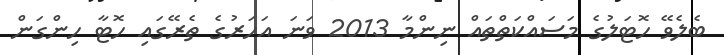
ބެލެވޭ ހޮޓަލުގެ މަސައްކަތްތައް ނިންމާ 2013 ވަނަ އަހަރުގެ ތެރޭގައި ހޮޓާ ހިންގަން